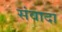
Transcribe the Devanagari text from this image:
संवादा